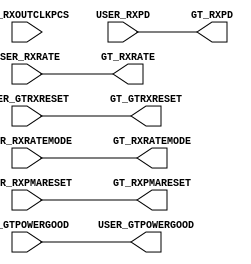
module gtwizard_ultrascale_v1_7_1_gthe4_delay_powergood # (
  parameter C_USER_GTPOWERGOOD_DELAY_EN = 0,
  parameter C_PCIE_ENABLE = "FALSE"
)(
  input wire GT_RXOUTCLKPCS,

  input wire GT_GTPOWERGOOD,
  input wire [2:0] USER_RXRATE,
  input wire USER_RXRATEMODE,
  input wire USER_GTRXRESET,
  input wire USER_RXPMARESET,
  input wire [1:0] USER_RXPD,

  output wire USER_GTPOWERGOOD,
  output wire [2:0] GT_RXRATE,
  output wire GT_RXRATEMODE,
  output wire GT_GTRXRESET,
  output wire GT_RXPMARESET,
  output wire [1:0] GT_RXPD
);

generate if (C_PCIE_ENABLE || (C_USER_GTPOWERGOOD_DELAY_EN == 0))
begin : gen_powergood_nodelay
  assign GT_RXPD          = USER_RXPD;
  assign GT_GTRXRESET     = USER_GTRXRESET;
  assign GT_RXPMARESET    = USER_RXPMARESET;
  assign GT_RXRATE        = USER_RXRATE;
  assign GT_RXRATEMODE    = USER_RXRATEMODE;
  assign USER_GTPOWERGOOD = GT_GTPOWERGOOD;
end
else
begin: gen_powergood_delay
  (* ASYNC_REG = "TRUE", SHIFT_EXTRACT = "NO" *) reg [4:0] intclk_rrst_n_r;
  reg [3:0] wait_cnt;
  (* KEEP = "TRUE" *) reg pwr_on_fsm = 1'b0;
  wire intclk_rrst_n;
  wire gt_intclk;
  
  and and1(gt_intclk, GT_RXOUTCLKPCS, !pwr_on_fsm);

  //--------------------------------------------------------------------------
  //  POWER ON FSM Encoding
  //-------------------------------------------------------------------------- 
  localparam PWR_ON_WAIT_CNT           = 4'd0;
  localparam PWR_ON_DONE               = 4'd1; 
  
  //--------------------------------------------------------------------------------------------------
  //  Reset Synchronizer
  //--------------------------------------------------------------------------------------------------
  always @ (posedge gt_intclk or negedge GT_GTPOWERGOOD)
  begin
      if (!GT_GTPOWERGOOD)
          intclk_rrst_n_r <= 5'd0;
      else
          intclk_rrst_n_r <= {intclk_rrst_n_r[3:0], 1'd1}; 
  end

  assign intclk_rrst_n = intclk_rrst_n_r[4];

  //--------------------------------------------------------------------------------------------------
  //  Wait counter 
  //--------------------------------------------------------------------------------------------------
  always @ (posedge gt_intclk)
  begin
    if (!intclk_rrst_n)
    	wait_cnt <= 4'd0;
    else begin
    	if (pwr_on_fsm == PWR_ON_WAIT_CNT)
    		wait_cnt <= wait_cnt + 4'd1;
    	else
    		wait_cnt <= 4'd0;
    end
  end

  //--------------------------------------------------------------------------------------------------
  // Power On FSM
  //--------------------------------------------------------------------------------------------------

  always @ (posedge gt_intclk or negedge GT_GTPOWERGOOD)
  begin
    if (!GT_GTPOWERGOOD)
    begin
      pwr_on_fsm <= PWR_ON_WAIT_CNT;
    end
    else begin
      case (pwr_on_fsm)
        PWR_ON_WAIT_CNT :
          begin
            pwr_on_fsm <= (wait_cnt[3] == 1'b1) ? PWR_ON_DONE : PWR_ON_WAIT_CNT;
          end 

        PWR_ON_DONE :
          begin
            pwr_on_fsm <= PWR_ON_DONE;
          end

        default :
        begin
          pwr_on_fsm <= PWR_ON_WAIT_CNT;
        end
      endcase
    end
  end

  assign GT_RXPD          = pwr_on_fsm ? USER_RXPD : 2'b11;
  assign GT_GTRXRESET     = pwr_on_fsm ? USER_GTRXRESET : !GT_GTPOWERGOOD;
  assign GT_RXPMARESET    = pwr_on_fsm ? USER_RXPMARESET : 1'b0;
  assign GT_RXRATE        = pwr_on_fsm ? USER_RXRATE : 3'b001;
  assign GT_RXRATEMODE    = pwr_on_fsm ? USER_RXRATEMODE : 1'b1;
  assign USER_GTPOWERGOOD = pwr_on_fsm; 

end
endgenerate

endmodule